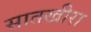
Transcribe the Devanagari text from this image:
सातखीरा